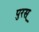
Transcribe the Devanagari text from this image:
पुरस्